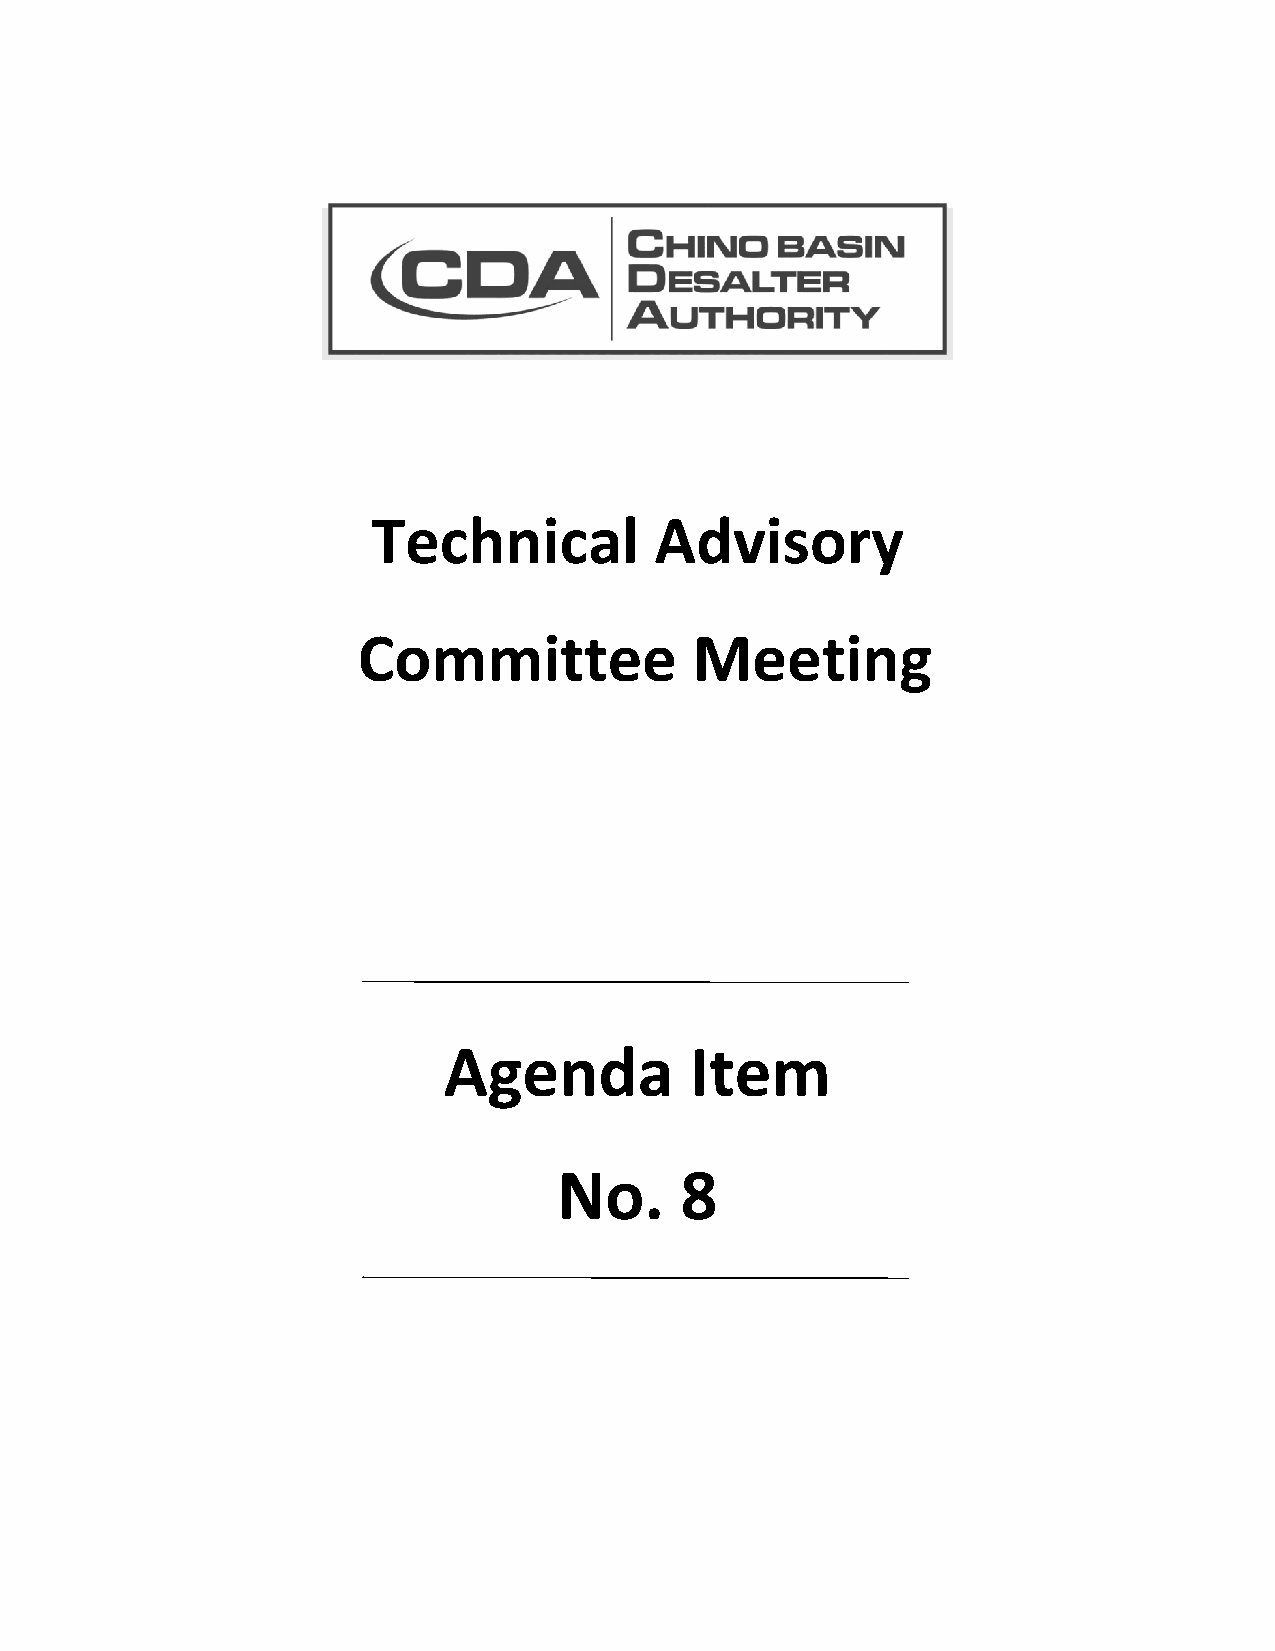
Technical         Advisory
 Committee             Meeting
 Agenda           Item
 No.     8